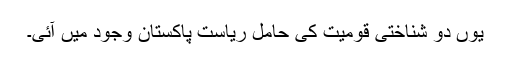
یوں دو شناختی قومیت کی حامل ریاستِ پاکستان وجود میں آئی۔